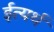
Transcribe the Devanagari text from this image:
ईत्यर्थ